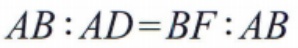
\(AB:AD = BF:AB\)